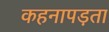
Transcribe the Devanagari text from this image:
कहनापड़ता